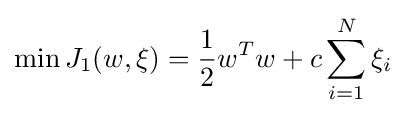
\min J_{1}(w,\xi )={\frac {1}{2}}w^{T}w+c\sum \limits _{i=1}^{N}\xi _{i}